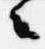
々